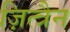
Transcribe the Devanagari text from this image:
ज़ित्त्रैन